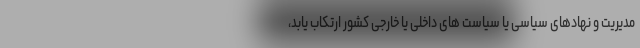
مدیریت و نهادهای سیاسی یا سیاست های داخلی یا خارجی کشور ارتکاب یابد،